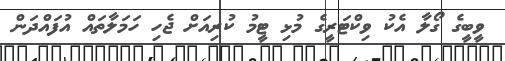
ވީބީގެ ގޯލާ އެކު ވިކްޓަރީގެ މުޅި ޓީމު ކުރިއަށް ޖެހި ހަމަލާތައް އުފައްދަން